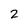
Character: 2